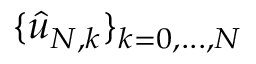
\{ \hat { u } _ { N , k } \} _ { k = 0 , . . . , N }